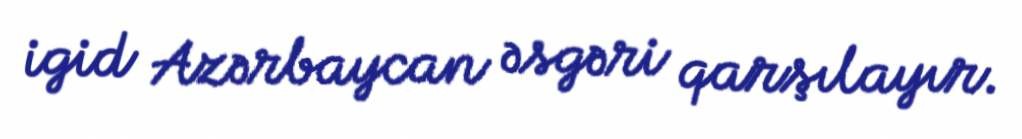
igid Azərbaycan əsgəri qarşılayır.